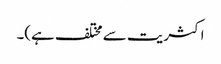
اکثریت سے مختلف ہے)۔